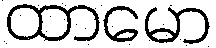
ထာမော